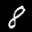
Label: 8